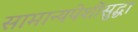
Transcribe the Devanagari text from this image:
सामान्यपेशीसुद्धा